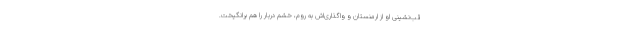
قب‌نشینی او از ارمنستان و واگذاری‌اش به روم، خشم دربار را هم برانگیخت.